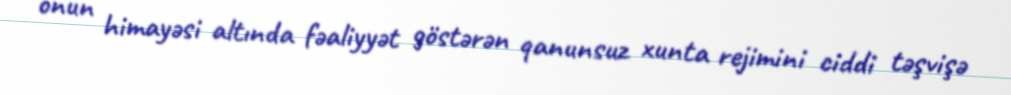
onun himayəsi altında fəaliyyət göstərən qanunsuz xunta rejimini ciddi təşvişə